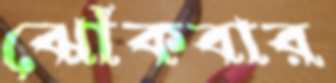
ঝোঁকবার